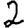
Digit: 2